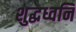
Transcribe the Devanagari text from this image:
शुद्धध्वनि